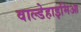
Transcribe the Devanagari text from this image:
वाल्डेहाइमिआ